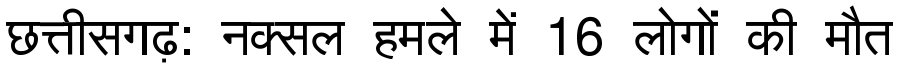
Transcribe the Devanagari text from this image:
छत्तीसगढ़: नक्सल हमले में 16 लोगों की मौत